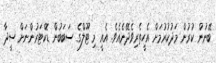
ބޭނުން ކުރުން މަދުކުރުމަށް އެހީތެރިވެދޭނެއެވެ. އެއީ މި ޓޫލްގެ ސަބަބުން ޑޮކްޓަރުންނަށް ސީދާ